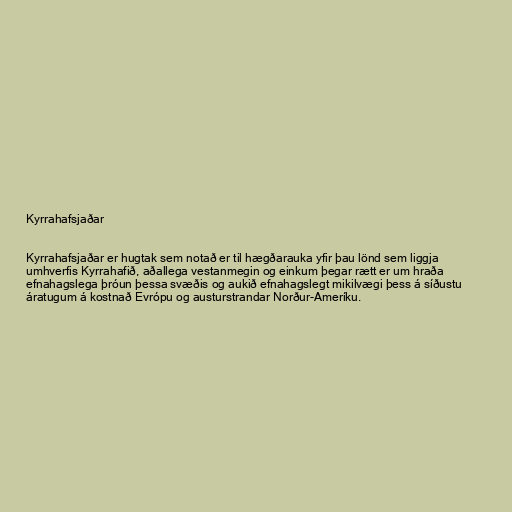
Kyrrahafsjaðar

Kyrrahafsjaðar er hugtak sem notað er til hægðarauka yfir þau lönd sem liggja
umhverfis Kyrrahafið, aðallega vestanmegin og einkum þegar rætt er um hraða
efnahagslega þróun þessa svæðis og aukið efnahagslegt mikilvægi þess á síðustu
áratugum á kostnað Evrópu og austurstrandar Norður-Ameríku.